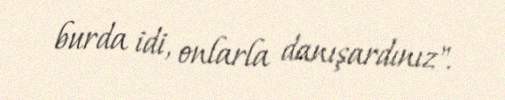
burda idi, onlarla danışardınız".